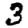
Digit: 3